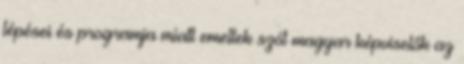
lépései és programja miatt emeltek szót magyar képviselők az